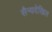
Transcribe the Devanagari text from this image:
सैन्यदेखिल